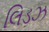
લિડઝ